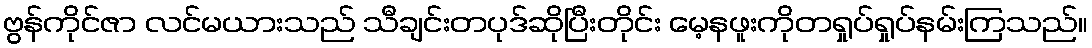
ဗွန်ကိုင်ဇာ လင်မယားသည် သီချင်းတပုဒ်ဆိုပြီးတိုင်း မေ့နဖူးကိုတရှုပ်ရှုပ်နမ်းကြသည်။